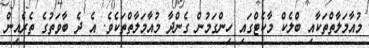
މުއާމަލާތްތަކާއި ބްލެކް މާކެޓްގައި ހިންގަމުން ގެންދާ މުއާމަލާތްތަކެވެ. އެ ދެ ބާވަތުގެ ތެރެއިން